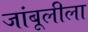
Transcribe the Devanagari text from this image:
जांबूलीला